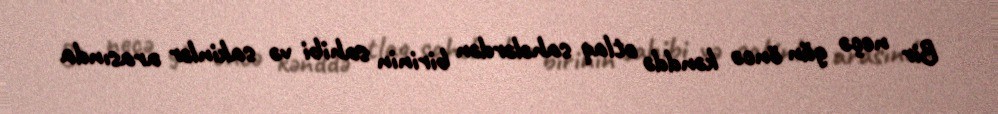
Bir neçə gün öncə kənddə otlaq sahələrdən birinin sahibi və sakinlər arasında